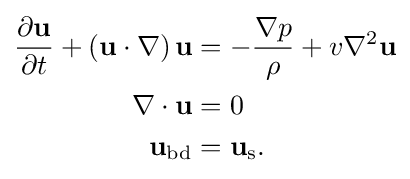
{\begin{aligned}{\frac {\partial \mathbf {u} }{\partial t}}+\left(\mathbf {u} \cdot \nabla \right)\mathbf {u} &=-{\frac {\nabla p}{\rho }}+v\nabla ^{2}\mathbf {u} \\\nabla \cdot \mathbf {u} &=0\\\mathbf {u} _{\text{bd}}&=\mathbf {u} _{\text{s}}.\end{aligned}}